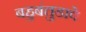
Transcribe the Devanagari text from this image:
बहुबंतुडावे